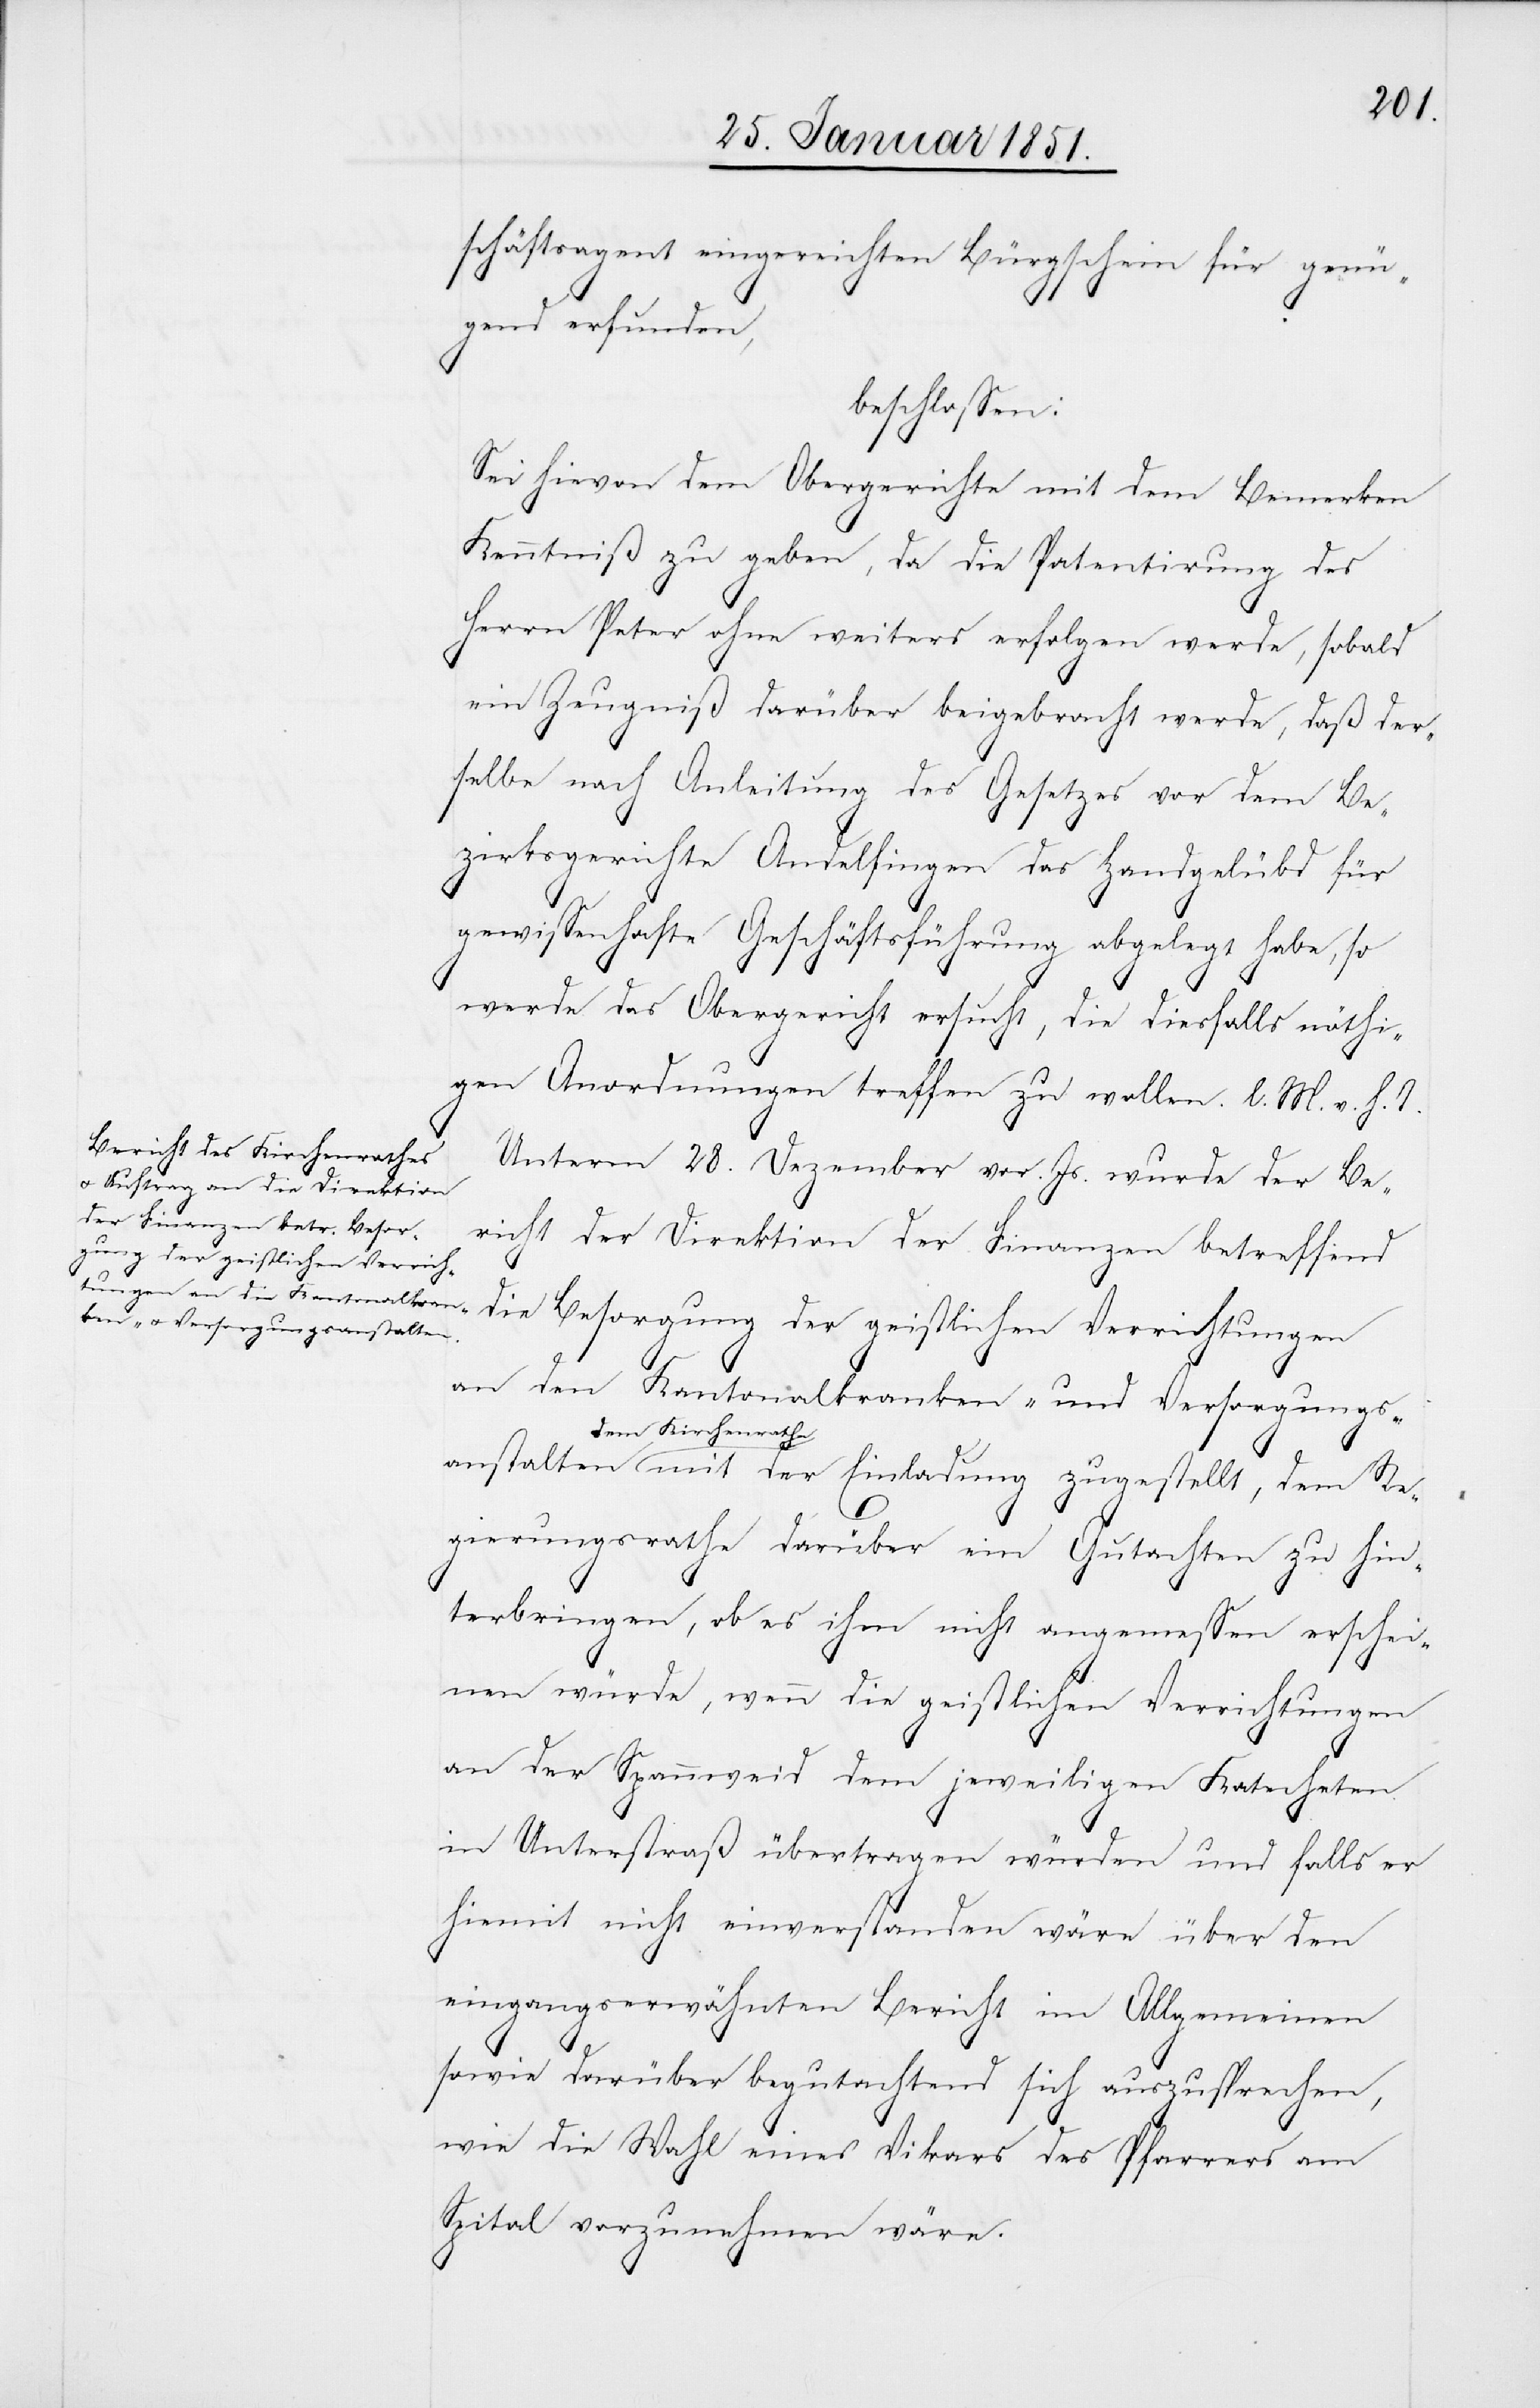
schäftsagent eingereichten Bürgschein für genü¬
anstalten
beschlossen:
Sei hievon dem Obergerichte mit dem Bemerken
Kenntniß zu geben, da die Patentirung des
Herrn Peter ohne weiters erfolgen werde, sobald
ein Zeugniß darüber beigebracht werde, daß der¬
selbe nach Anleitung des Gesetzes vor dem Be¬
zirksgerichte Andelfingen das Handgelübd für
gewissenhafte Geschäftsführung abgelegt habe, so
werde das Obergericht ersucht, die diesfalls nöthi¬
gen Anordnungen treffen zu wollen. l. M. v. h. T.
Unterm 28. Dezember vor. Js. wurde der Be¬
richt der Direktion der Finanzen betreffend
R¬
die Besorgung der geistlichen Verrichtungen
an den Kantonalkranken- und Versorgungs¬
dem Kirchenrathe
egierungsrathe darüber ein Gutachten zu hin¬
terbringen, ob es ihm nicht angemessen erschei¬
nen würde, wenn die geistlichen Verrichtungen
an der Spannweid dem jeweiligen Katecheten
in Unterstraß übertragen würden und falls er
hiemit nicht einverstanden wäre über den
eingangserwähnten Bericht im Allgemeinen
sowie darüber begutachtend sich auszusprechen,
wie die Wahl eines Vikars des Pfarrers am
Spital vorzunehmen wäre.